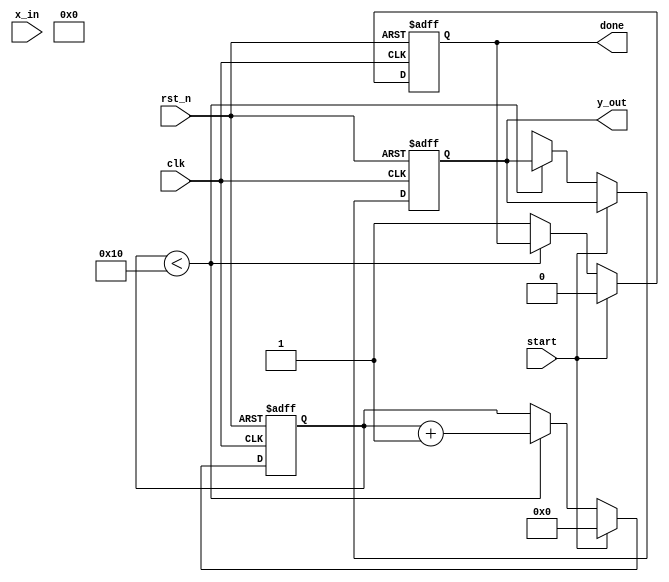
module cordic_exponential #(
    parameter DATA_WIDTH = 16, // Width of input and output data
    parameter ITERATIONS = 16   // Number of iterations for CORDIC
)(
    input wire clk,             // Clock signal
    input wire rst_n,           // Active low reset
    input wire start,           // Start signal for computation
    input wire [DATA_WIDTH-1:0] x_in, // Input fixed-point value (exponent)
    output reg [DATA_WIDTH-1:0] y_out, // Output fixed-point result
    output reg done             // Computation done signal
);

    // Internal parameters
    reg [DATA_WIDTH-1:0] x[0:ITERATIONS-1]; // x values for CORDIC
    reg [DATA_WIDTH-1:0] y[0:ITERATIONS-1]; // y values for CORDIC
    reg [DATA_WIDTH-1:0] z; // Current angle
    reg [3:0] iteration_count; // Iteration counter
    reg [DATA_WIDTH-1:0] arctan_table[0:ITERATIONS-1]; // Lookup table for arctan values
    
    // CORDIC gain (pre-calculated)
    parameter CORDIC_GAIN = 16'hB6DB; // Example gain factor (fixed-point)
    
    // Initialize arctan table
    initial begin
        arctan_table[0] = 16'h2000; // atan(2^-0)
        arctan_table[1] = 16'h1000; // atan(2^-1)
        arctan_table[2] = 16'h0800; // atan(2^-2)
        // Fill in other values as needed...
    end

    // State machine for CORDIC operation
    always @(posedge clk or negedge rst_n) begin
        if (!rst_n) begin
            // Reset state
            iteration_count <= 0;
            y_out <= 0;
            done <= 0;
        end else if (start) begin
            // Initialize for new computation
            x[0] <= x_in;
            y[0] <= 0;
            z <= 0; // Assuming z = 0 initially
            iteration_count <= 0;
            done <= 0;
        end else if (iteration_count < ITERATIONS) begin
            // CORDIC iteration logic
            if (z < 0) begin
                // Rotate counter-clockwise
                y[iteration_count + 1] <= y[iteration_count] + (x[iteration_count] >>> iteration_count);
                x[iteration_count + 1] <= x[iteration_count] - (y[iteration_count] >>> iteration_count);
                z <= z + arctan_table[iteration_count];
            end else begin
                // Rotate clockwise
                y[iteration_count + 1] <= y[iteration_count] - (x[iteration_count] >>> iteration_count);
                x[iteration_count + 1] <= x[iteration_count] + (y[iteration_count] >>> iteration_count);
                z <= z - arctan_table[iteration_count];
            end
            
            // Increment iteration count
            iteration_count <= iteration_count + 1;
        end else begin
            // Final output after all iterations
            y_out <= (x[ITERATIONS] * CORDIC_GAIN) >>> 8; // Scale the output
            done <= 1; // Indicate computation is done
        end
    end
endmodule